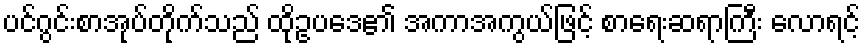
ပင်ဂွင်းစာအုပ်တိုက်သည် ထိုဥပဒေ၏ အကာအကွယ်ဖြင့် စာရေးဆရာကြီး လောရင့်